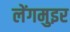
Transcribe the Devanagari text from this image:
लेंगमुइर